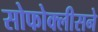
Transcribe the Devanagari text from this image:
सोफोक्लीसने